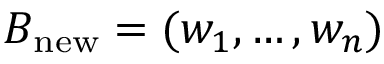
B _ { \mathrm { n e w } } = ( w _ { 1 } , \ldots , w _ { n } )